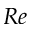
R e